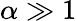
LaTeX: \alpha\gg 1